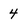
Character: 4